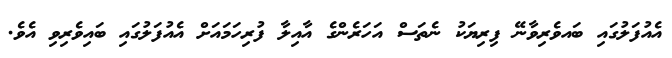
އެއުފަލުގައި ބައވެރިވާނޭ ފިރިޔަކު ނެތަސް އަހަރެންގެ އާއިލާ ފުރިހަމައަށް އެއުފަލުގައި ބައިވެރިވި އެވެ.